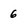
Character: 6